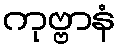
ကုဗ္ဗာနံ